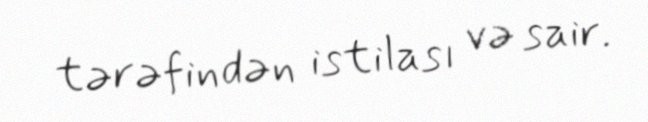
tərəfindən istilası və sair.